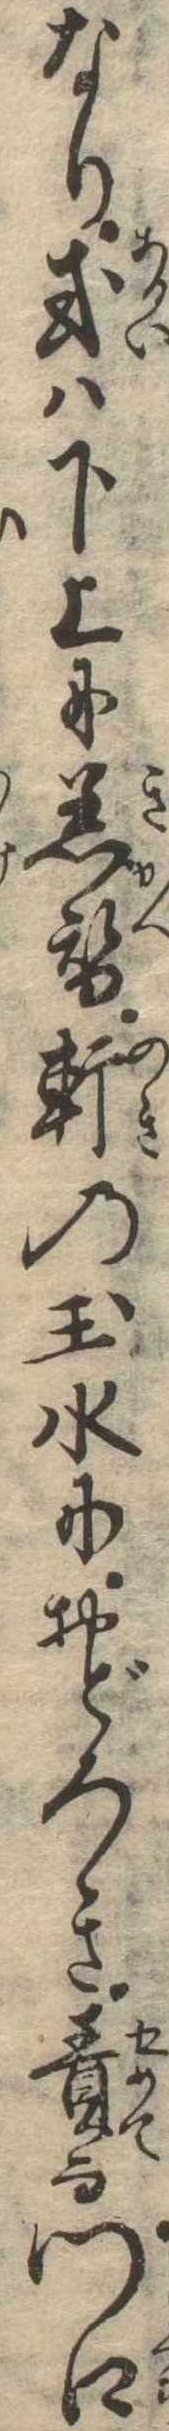
なり或は下上に着替軒の玉水におどろき責而門口